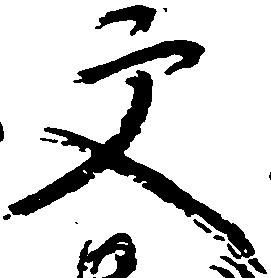
文